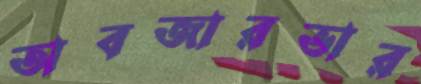
অবজারভার